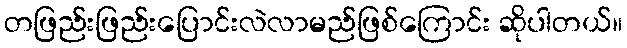
တဖြည်းဖြည်းပြောင်းလဲလာမည်ဖြစ်ကြောင်း ဆိုပါတယ်။